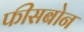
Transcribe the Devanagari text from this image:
फीसबोन